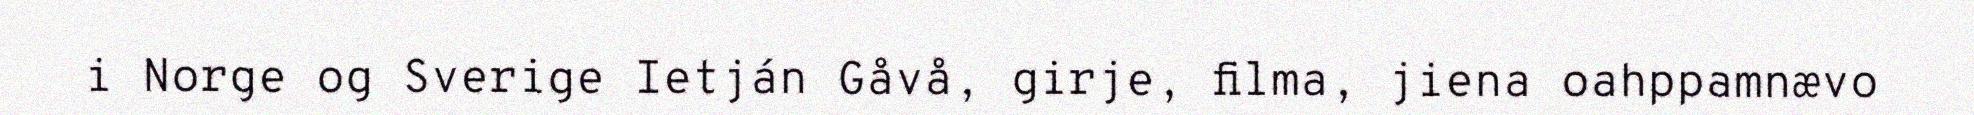
i Norge og Sverige Ietján Gåvå, girje, filma, jiena oahppamnævo